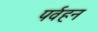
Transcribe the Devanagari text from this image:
पर्वहन